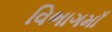
વિભાગમાઁ